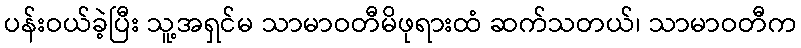
ပန်းဝယ်ခဲ့ပြီး သူ့အရှင်မ သာမာဝတီမိဖုရားထံ ဆက်သတယ်၊ သာမာဝတီက